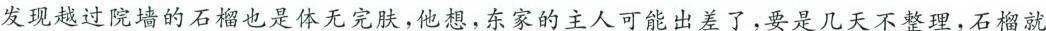
发现越过院墙的石榴也是体无完肤，他想，东家的主人可能出差了，要是几天不整理，石榴就